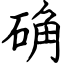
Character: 确